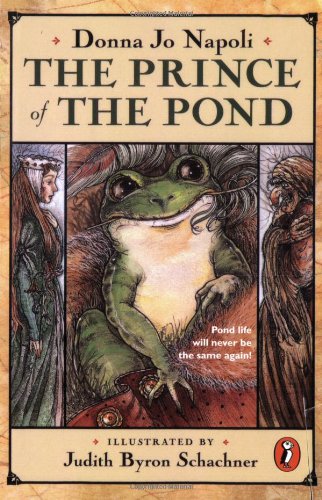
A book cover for The Prince of the Pond: Otherwise Known as De Fawg Pin; Donna Jo Napoli; Children's Books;